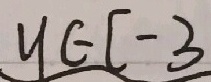
y \in [ - 3